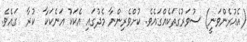
(އެއުރެންވަނީ) ސުވަރުގެތަކެއްގައެވެ. ކުށްވެރިންނާ މެދުގައި އެކަކު އަނެކަކާ  ކުރާ  ގައެވެ.